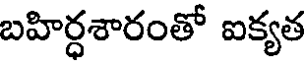
బహిర్ధశారంతో ఐక్యత